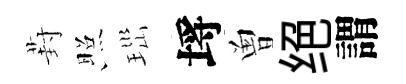
葑照𤤼埓曽绝謂